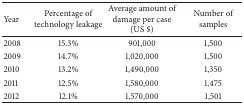
<table><thead><tr><td><b>Year</b></td><td><b>Percentage of technology leakage</b></td><td><b>Average amount of damage per case (US $)</b></td><td><b>Number of samples</b></td></tr></thead><tbody><tr><td>2008</td><td>15.3%</td><td>901,000</td><td>1,500</td></tr><tr><td>2009</td><td>14.7%</td><td>1,020,000</td><td>1,500</td></tr><tr><td>2010</td><td>13.2%</td><td>1,490,000</td><td>1,350</td></tr><tr><td>2011</td><td>12.5%</td><td>1,580,000</td><td>1,475</td></tr><tr><td>2012</td><td>12.1%</td><td>1,570,000</td><td>1,501</td></tr></tbody></table>